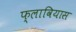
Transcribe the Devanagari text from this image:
फ्लावियास